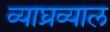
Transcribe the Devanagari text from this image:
व्याघ्रव्याल